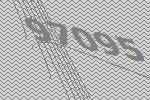
97095